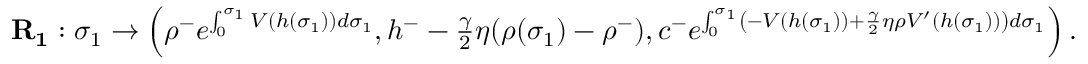
\begin{array} { r l } & { \mathbf { R _ { 1 } } : \sigma _ { 1 } \to \left( \rho ^ { - } e ^ { \int _ { 0 } ^ { \sigma _ { 1 } } V ( h ( \sigma _ { 1 } ) ) d \sigma _ { 1 } } , h ^ { - } - \frac { \gamma } { 2 } \eta ( \rho ( \sigma _ { 1 } ) - \rho ^ { - } ) , c ^ { - } e ^ { \int _ { 0 } ^ { \sigma _ { 1 } } \left( - V ( h ( \sigma _ { 1 } ) ) + \frac { \gamma } { 2 } \eta \rho V ^ { \prime } ( h ( \sigma _ { 1 } ) ) \right) d \sigma _ { 1 } } \right) . } \end{array}